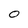
Character: 0